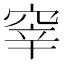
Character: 𱷀